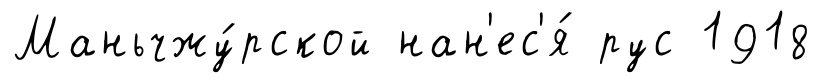
Маньчжу́рской нан'ес'я́ рус 1918